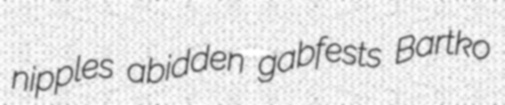
nipples abidden gabfests Bartko